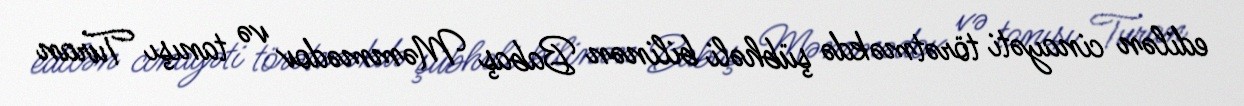
edilən cinayəti törətməkdə şübhəli bilinən Babaş Məmmədov və tanışı Turan